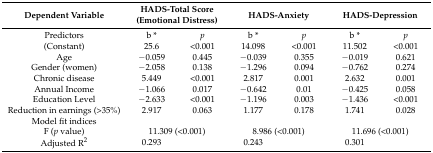
<table><thead><tr><td><b>Dependent Variable</b></td><td colspan="2"><b>HADS-Total Score (Emotional Distress)</b></td><td colspan="2"><b>HADS-Anxiety</b></td><td colspan="2"><b>HADS-Depression</b></td></tr></thead><tbody><tr><td>Predictors</td><td>b *</td><td><i>p</i></td><td>b *</td><td><i>p</i></td><td>b *</td><td><i>p</i></td></tr><tr><td>(Constant)</td><td>25.6</td><td>&lt;0.001</td><td>14.098</td><td>&lt;0.001</td><td>11.502</td><td>&lt;0.001</td></tr><tr><td>Age</td><td>−0.059</td><td>0.445</td><td>−0.039</td><td>0.355</td><td>−0.019</td><td>0.621</td></tr><tr><td>Gender (women)</td><td>−2.058</td><td>0.138</td><td>−1.296</td><td>0.094</td><td>−0.762</td><td>0.274</td></tr><tr><td>Chronic disease</td><td>5.449</td><td>&lt;0.001</td><td>2.817</td><td>0.001</td><td>2.632</td><td>0.001</td></tr><tr><td>Annual Income</td><td>−1.066</td><td>0.017</td><td>−0.642</td><td>0.01</td><td>−0.425</td><td>0.058</td></tr><tr><td>Education Level</td><td>−2.633</td><td>&lt;0.001</td><td>−1.196</td><td>0.003</td><td>−1.436</td><td>&lt;0.001</td></tr><tr><td>Reduction in earnings (&gt;35%)</td><td>2.917</td><td>0.063</td><td>1.177</td><td>0.178</td><td>1.741</td><td>0.028</td></tr><tr><td>Model fit indices</td><td></td><td></td><td></td><td></td><td></td><td></td></tr><tr><td>F (<i>p</i> value)</td><td colspan="2">11.309 (&lt;0.001)</td><td colspan="2">8.986 (&lt;0.001)</td><td colspan="2">11.696 (&lt;0.001)</td></tr><tr><td>Adjusted R<sup>2</sup></td><td>0.293</td><td></td><td>0.243</td><td></td><td>0.301</td><td></td></tr></tbody></table>